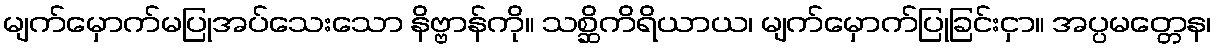
မျက်မှောက်မပြုအပ်သေးသော နိဗ္ဗာန်ကို။ သစ္ဆိကိရိယာယ၊ မျက်မှောက်ပြုခြင်းငှာ။ အပ္ပမတ္တေန၊